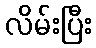
လိမ်းပြီး